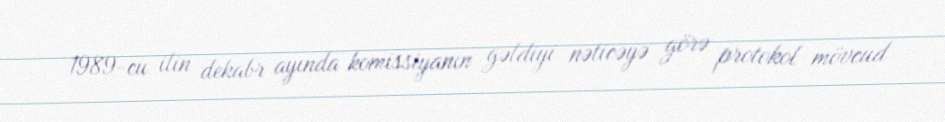
1989-cu ilin dekabr ayında komissiyanın gəldiyi nəticəyə görə protokol mövcud